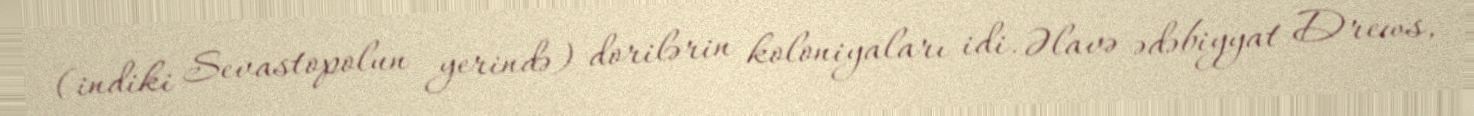
(indiki Sevastopolun yerində) dorilərin koloniyaları idi. Əlavə ədəbiyyat Drews,